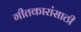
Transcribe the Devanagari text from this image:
गीतकारांसाठी